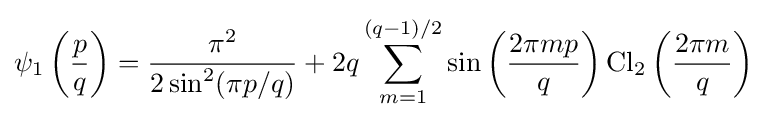
\psi _{1}\left({\frac {p}{q}}\right)={\frac {\pi ^{2}}{2\sin ^{2}(\pi p/q)}}+2q\sum _{m=1}^{(q-1)/2}\sin \left({\frac {2\pi mp}{q}}\right){\textrm {Cl}}_{2}\left({\frac {2\pi m}{q}}\right)